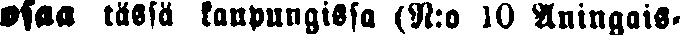
osaa tässä kaupungissa (N:o 10 Aningais-